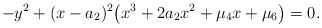
\begin{align*}-y^2 + (x-a_2)^2 \big(x^3 + 2a_2 x^2 + \mu_4 x + \mu_6\big) = 0.\end{align*}